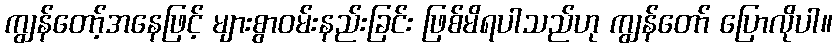
ကျွန်တော့်အနေဖြင့် များစွာဝမ်းနည်းခြင်း ဖြစ်မိရပါသည်ဟု ကျွန်တော် ပြောလိုပါ။